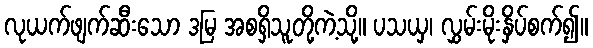
လုယက်ဖျက်ဆီးသော ဒမြ အစရှိသူတို့ကဲ့သို့။ ပသယှ၊ လွှမ်းမိုးနှိပ်စက်၍။